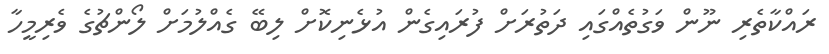
ރައްކާތެރި ނޫން ވަގުތެއްގައި ދަތުރަށް ފުރައިގެން އުޅެނިކޮށް ލިބޭ ގެއްލުމަށް ލޯންޗުގެ ވެރިމީހާ